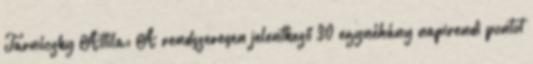
Tarnóczky Attila: A rendszeresen jelentkező 30 egynéhány napirendi pontot